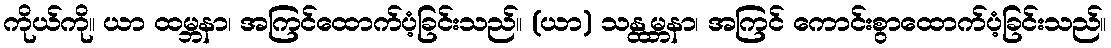
ကိုယ်ကို။ ယာ ထမ္ဘနာ၊ အကြင်ထောက်ပံ့ခြင်းသည်။ (ယာ) သန္ထမ္ဘနာ၊ အကြင် ကောင်းစွာထောက်ပံ့ခြင်းသည်။